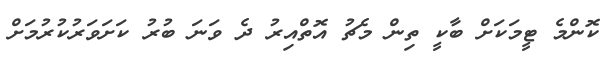
ކޮންމެ ޓީމަކަށް ބާކީ ތިން މެޗު އޮތްއިރު ދެ ވަނަ ބުރު ކަށަވަރުކުރުމަށް